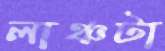
লাঞ্চটা